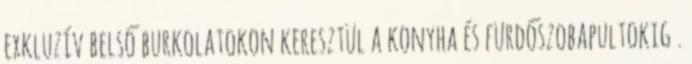
exkluzív belső burkolatokon keresztül a konyha és fürdőszobapultokig .